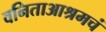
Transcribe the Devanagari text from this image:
वनिताआश्रमचं